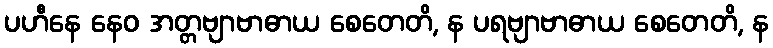
ပဟီနေ နေဝ အတ္တဗျာဗာဓာယ စေတေတိ, န ပရဗျာဗာဓာယ စေတေတိ, န